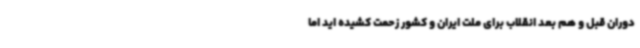
دوران قبل و هم بعد انقلاب برای ملت ایران و کشور زحمت کشیده اید اما